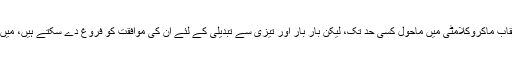
سرد موسم میں تبدیلی کے لئے بے نقاب ماکروکلامٹی میں ماحول کسی حد تک، لیکن بار بار اور تیزی سے تبدیلی کے لئے ان کی موافقت کو فروغ دے سکتے ہیں، میں کارہائے نمایاں ثابت ہو سکتی ہے ۔